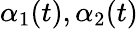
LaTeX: \alpha_{1}(t),\alpha_{2}(t)